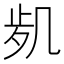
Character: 𠙑